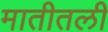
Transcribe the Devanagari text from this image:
मातीतली